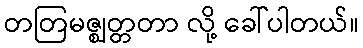
တတြမဇ္ဈတ္တတာ လို့ ခေါ်ပါတယ်။